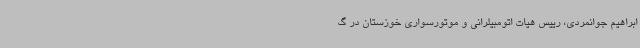
ابراهیم جوانمردی، رییس هیات اتومبیلرانی و موتورسواری خوزستان در گ